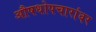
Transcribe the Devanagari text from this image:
औषधोपचारांवर